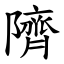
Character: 隮